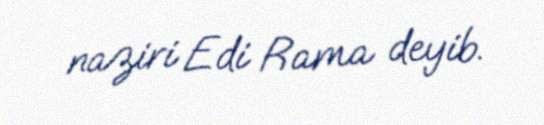
naziri Edi Rama deyib.